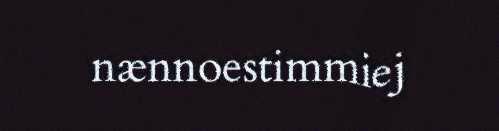
nænnoestimmiej